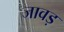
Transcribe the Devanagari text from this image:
जावड़